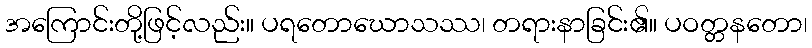
အကြောင်းတို့ဖြင့်လည်း။ ပရတောဃောသဿ၊ တရားနာခြင်း၏။ ပဝတ္တနတော၊